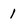
Character: 1